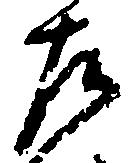
左